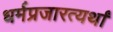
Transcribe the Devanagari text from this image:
धर्मप्रजारत्यर्थां